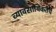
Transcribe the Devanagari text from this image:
व्यावसायिकतेचे